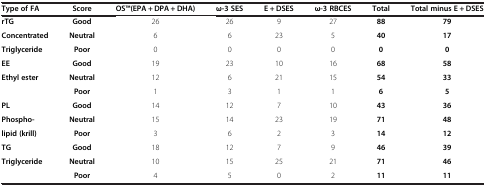
<table><thead><tr><td><b>Type of FA</b></td><td><b>Score</b></td><td><b>OSTM(EPA + DPA + DHA)</b></td><td><b>ω-3 SES</b></td><td><b>E + DSES</b></td><td><b>ω-3 RBCES</b></td><td><b>Total</b></td><td><b>Total minus E + DSES</b></td></tr></thead><tbody><tr><td><b>rTG</b></td><td><b>Good</b></td><td>26</td><td>26</td><td>9</td><td>27</td><td><b>88</b></td><td><b>79</b></td></tr><tr><td><b>Concentrated</b></td><td><b>Neutral</b></td><td>6</td><td>6</td><td>23</td><td>5</td><td><b>40</b></td><td><b>17</b></td></tr><tr><td><b>Triglyceride</b></td><td><b>Poor</b></td><td>0</td><td>0</td><td>0</td><td>0</td><td><b>0</b></td><td><b>0</b></td></tr><tr><td><b>EE</b></td><td><b>Good</b></td><td>19</td><td>23</td><td>10</td><td>16</td><td><b>68</b></td><td><b>58</b></td></tr><tr><td><b>Ethyl ester</b></td><td><b>Neutral</b></td><td>12</td><td>6</td><td>21</td><td>15</td><td><b>54</b></td><td><b>33</b></td></tr><tr><td> </td><td><b>Poor</b></td><td>1</td><td>3</td><td>1</td><td>1</td><td><b>6</b></td><td><b>5</b></td></tr><tr><td><b>PL</b></td><td><b>Good</b></td><td>14</td><td>12</td><td>7</td><td>10</td><td><b>43</b></td><td><b>36</b></td></tr><tr><td><b>Phospho-</b></td><td><b>Neutral</b></td><td>15</td><td>14</td><td>23</td><td>19</td><td><b>71</b></td><td><b>48</b></td></tr><tr><td><b>lipid (krill)</b></td><td><b>Poor</b></td><td>3</td><td>6</td><td>2</td><td>3</td><td><b>14</b></td><td><b>12</b></td></tr><tr><td><b>TG</b></td><td><b>Good</b></td><td>18</td><td>12</td><td>7</td><td>9</td><td><b>46</b></td><td><b>39</b></td></tr><tr><td><b>Triglyceride</b></td><td><b>Neutral</b></td><td>10</td><td>15</td><td>25</td><td>21</td><td><b>71</b></td><td><b>46</b></td></tr><tr><td> </td><td><b>Poor</b></td><td>4</td><td>5</td><td>0</td><td>2</td><td><b>11</b></td><td><b>11</b></td></tr></tbody></table>